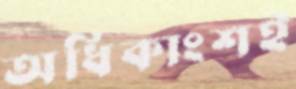
অধিকাংশই